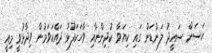
ހަސަން ސައީދު ލަންޑަން ގައި ކިޔަވާ ކުދިންނާއި ވާހަކަފުޅު ދައްކަވަމުން ވިދާޅުވީ މިއީ